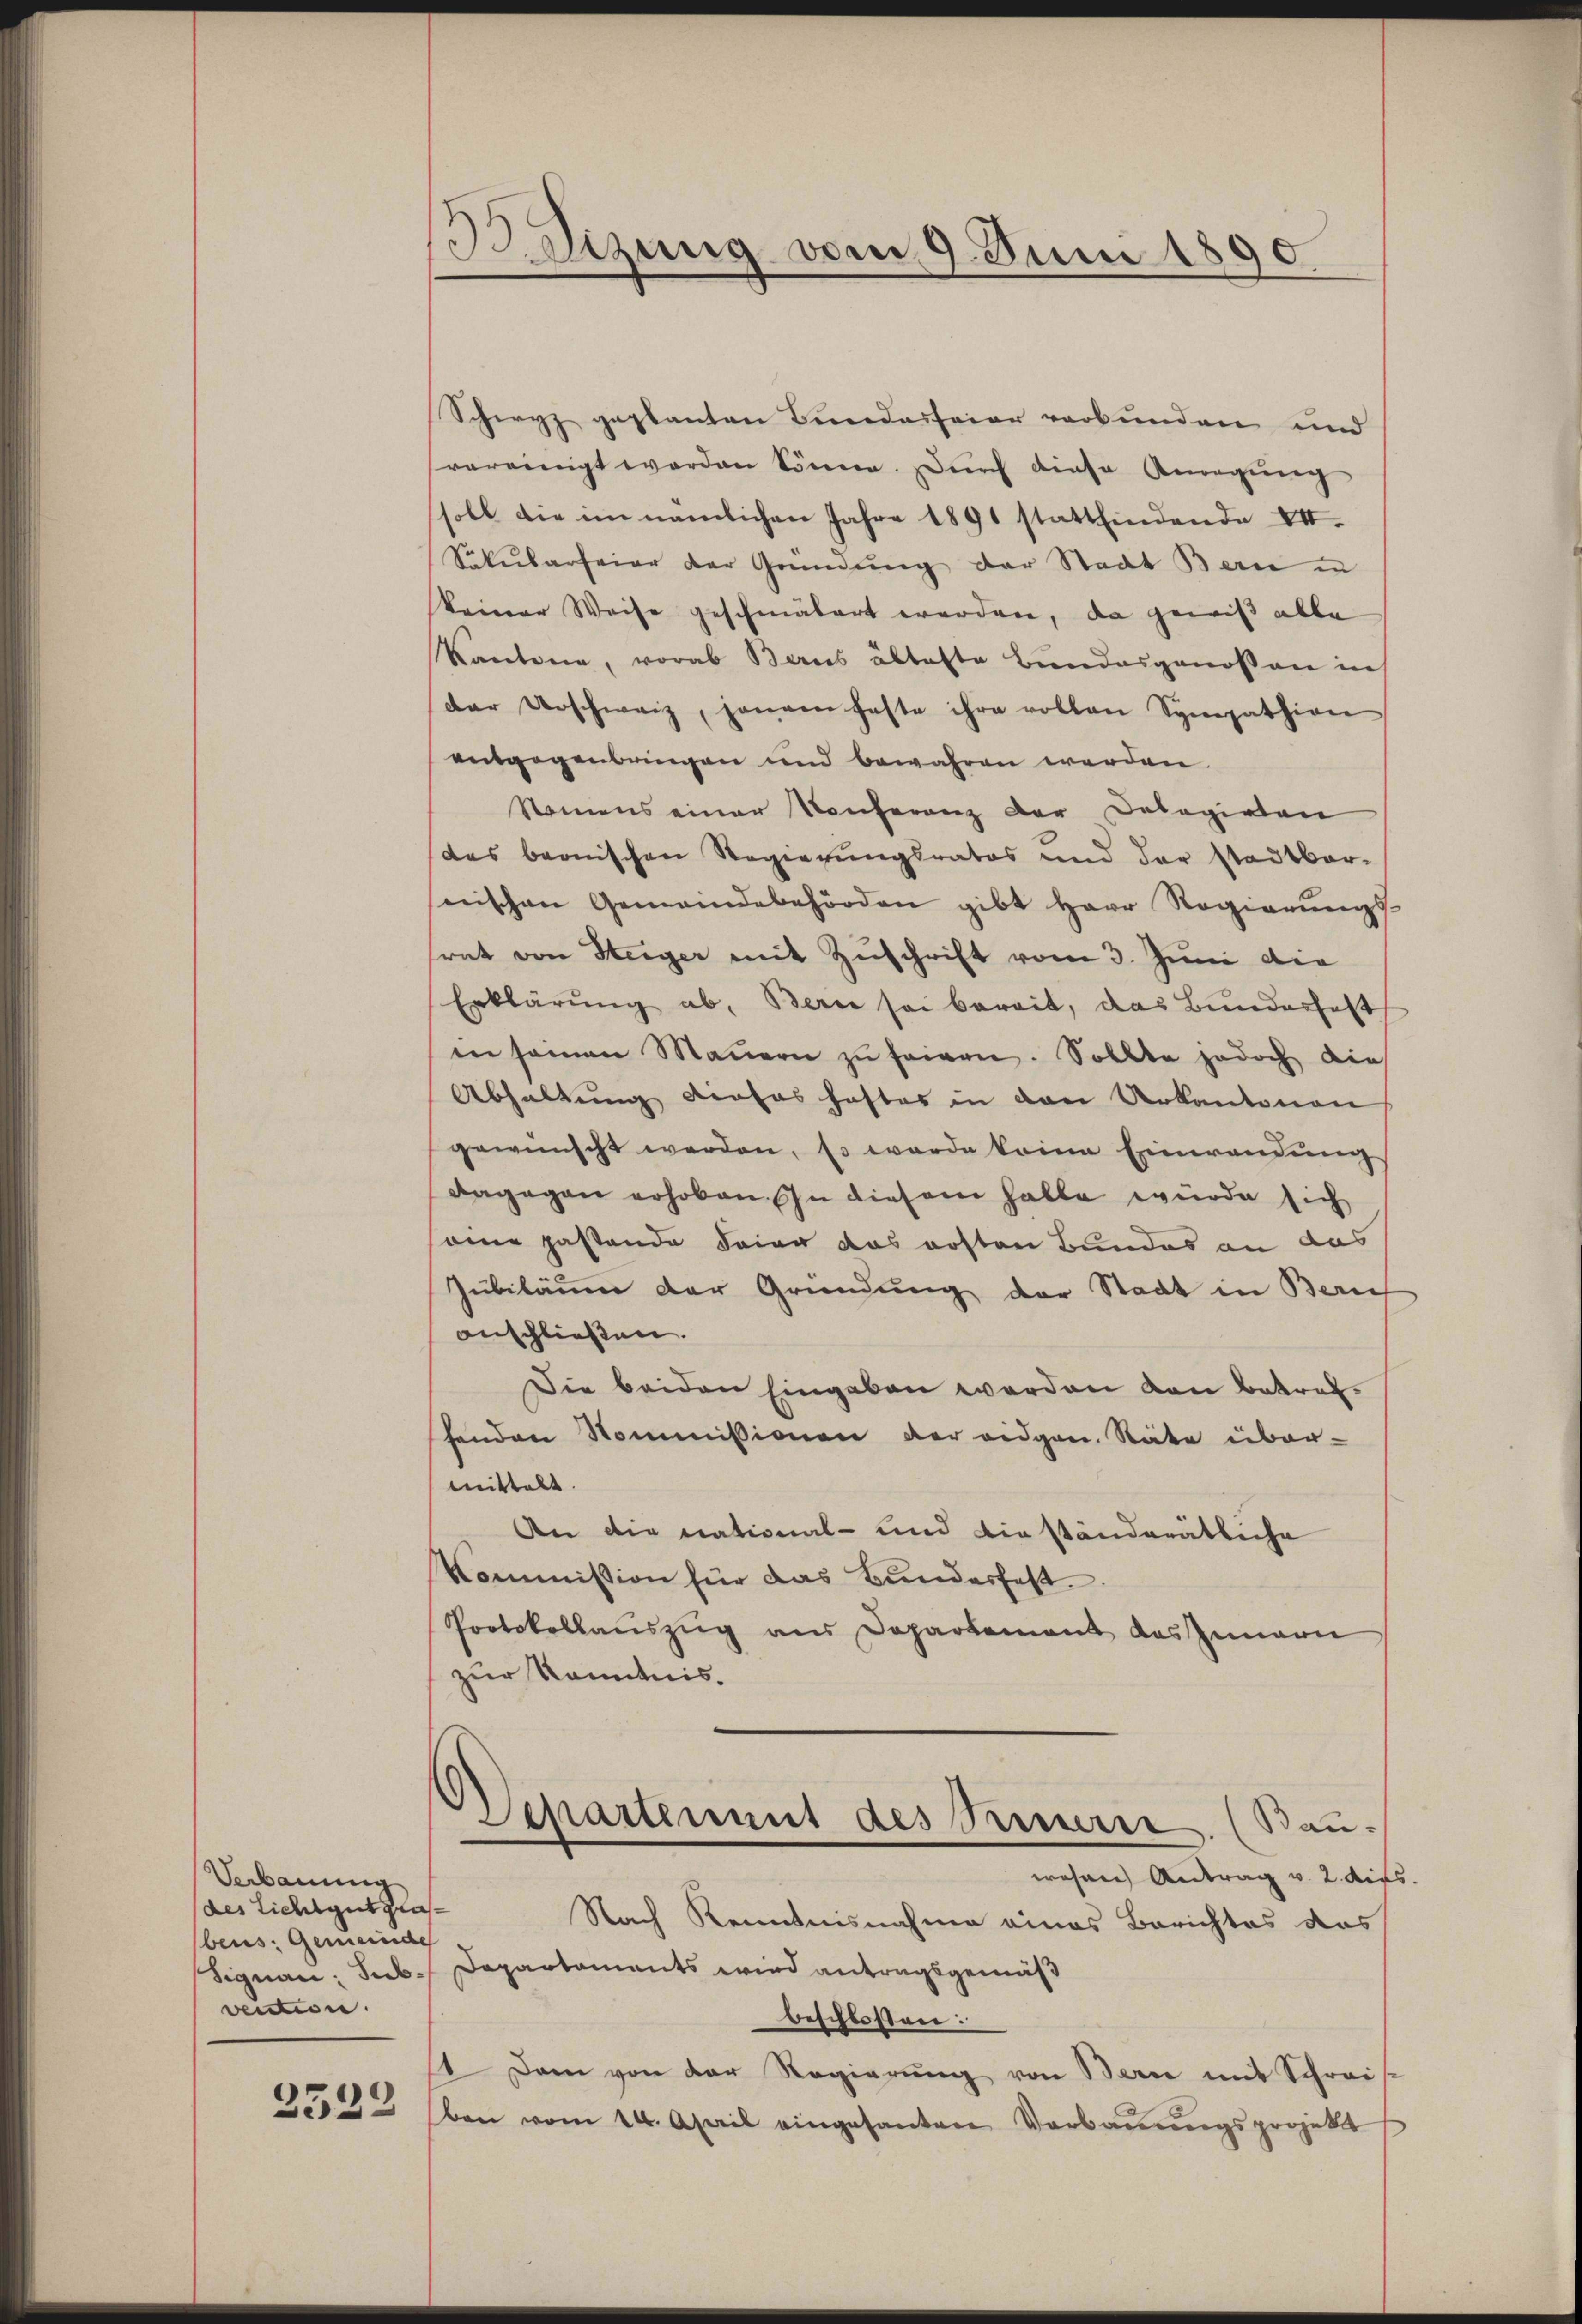
Verbauung
des Lichtgut glasbeus: Gemeinde
veuction.

Idizung vom 9. Juni 1890

Schwyz geplanten Bundesfeier verbunden und
vereinigt worden könne. Durch diese Anregung
soll die im nämlichen Jahre 1891 stattfindende VII.
Sokularfeier der Gründung der Stadt Berne in
keiner Weise geschmälert werden, da gewiß alle
Kantone, vorab Berns abhafte Bundesgenossen in
der Verschweiz, jenem feste ihre vollen Sympathion
entgegenbringen und bewahren werden.
Nemnens einer Konferenz der Delegialen
des beonischen Regierungsrates und der stadtbar-
nischen Gemeindebehörden gibt Herr Regierŭngs-
trat von Steiger mit Zuschrift vom 3. Juni die
Erklärŭng ab. Bern sei bereit, das Bundeshalt
in seinen Mauern zu fairen. Sollte jedoch die
Abhaltung dieses haftes in den Urkantonen
gewünscht werden, so werde keine Einwendŭng
dagegen erhoben. In diesem halbe würde sich
eine pastande deine das ersten Bundes an das
Jubiläum der Gründung der Stadt in Zürich
anschließen.
Die beiden Eingaben werden von Betrefhenden Kommissionen der eidgen. Stäte über-
mittelt.
An die national- und die ständerätliche
Kommission für das Bunderfest
Protokollaŭszŭg ans Departement das Innern
zur Kenntnis.
d
Separtement des Treuerre. (Bauwesen Antrag v. 2. die
Nach Kenntnisnahme eines Berichtes das
Signan: Seb. Departaments wird antragsgemäß
beschlossen:
1 Dem von der Regierŭng von Bern mit Schrei
S.532 (ben vom 14. April eingesanten Verbaŭŭngsprojekt